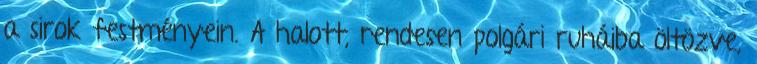
a sirok festményein. A halott, rendesen polgári ruháiba öltözve,